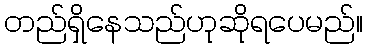
တည်ရှိနေသည်ဟုဆိုရပေမည်။